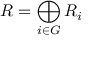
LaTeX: R = \bigoplus _ { i \in G } R _ { i }